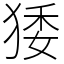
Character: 㹻